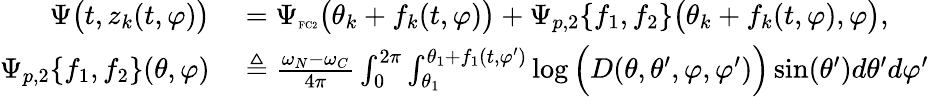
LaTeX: \begin{array}{rl}{\Psi\big(t,z_{k}(t,\varphi)\big)}&{{}=\Psi_{\textnormal{\tiny{FC2}}}\big(\theta_{k}+f_{k}(t,\varphi)\big)+\Psi_{p,2}\{ f_{1},f_{2}\} \big(\theta_{k}+f_{k}(t,\varphi),\varphi\big),}\\ {\Psi_{p,2}\{ f_{1},f_{2}\} (\theta,\varphi)}&{{}\triangleq\frac{\omega_{N}-\omega_{C}}{4\pi}\int_{0}^{2\pi}\int_{\theta_{1}}^{\theta_{1}+f_{1}(t,\varphi^{\prime})}\log\Big(D(\theta,\theta^{\prime},\varphi,\varphi^{\prime})\Big)\sin(\theta^{\prime})d\theta^{\prime}d\varphi^{\prime}}\end{array}